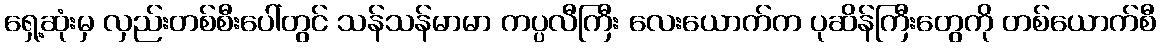
ရှေ့ဆုံးမှ လှည်းတစ်စီးပေါ်တွင် သန်သန်မာမာ ကပ္ပလီကြီး လေးယောက်က ပုဆိန်ကြီးတွေကို တစ်ယောက်စီ